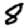
Digit: 8